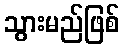
သွားမည်ဖြစ်